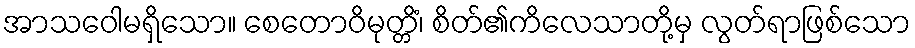
အာသဝေါမရှိသော။ စေတောဝိမုတ္တိံ၊ စိတ်၏ကိလေသာတို့မှ လွတ်ရာဖြစ်သော